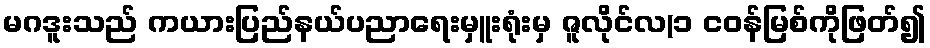
မဂဒူးသည် ကယားပြည်နယ်ပညာရေးမှူးရုံးမှ ဇူလိုင်လ(၁ ငဝန်မြစ်ကိုဖြတ်၍